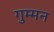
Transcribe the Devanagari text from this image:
गुम्मन